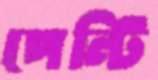
পেন্টি